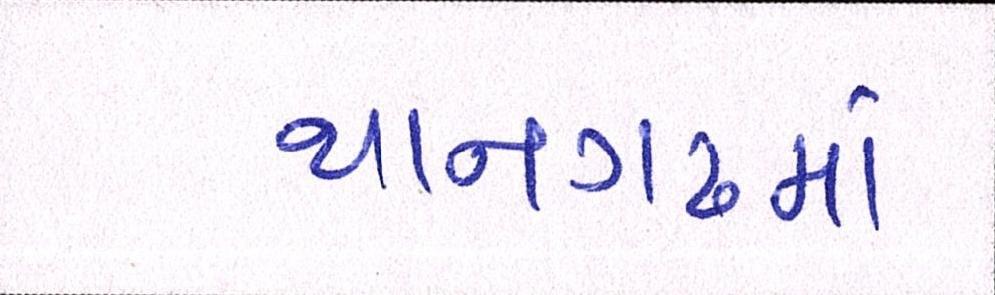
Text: થાનગઢમાં